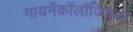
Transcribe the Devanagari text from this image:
गायनॅकॉलॉजिकल